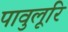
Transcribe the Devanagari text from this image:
पावुलूरि